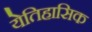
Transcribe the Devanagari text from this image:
येतिहासिक